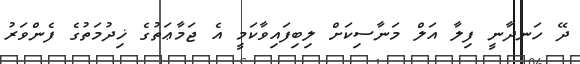
ދޭ ހަނދާނީ ފިލާ އަލް މަނާސިކަށް ލިބިފައިވާކަމީ އެެ ޖަމާޢަތުގެ ޚިދުމަތުގެ ފެންވަރު